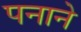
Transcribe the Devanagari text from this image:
पनाने